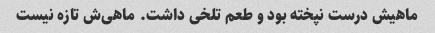
ماهیش درست نپخته بود و طعم تلخی داشت. ماهی‌ش تازه نیست